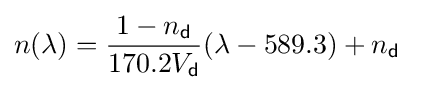
n(\lambda )={\frac {1-n_{\mathsf {d}}}{170.2V_{\mathsf {d}}}}(\lambda -589.3)+n_{\mathsf {d}}\